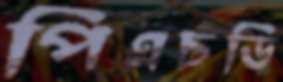
পিএচডি